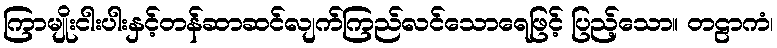
ကြာမျိုးငါးပါးနှင့်တန်ဆာဆင်လျက်ကြည်လင်သောရေဖြင့် ပြည့်သော။ တဠာကံ၊